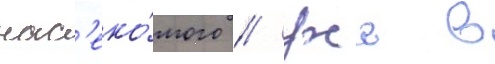
нас'еко́мого // Уже в